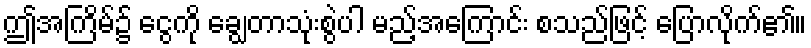
ဤအကြိမ်၌ ငွေကို ချွေတာသုံးစွဲပါ မည့်အကြောင်း စသည်ဖြင့် ပြောလိုက်၏။